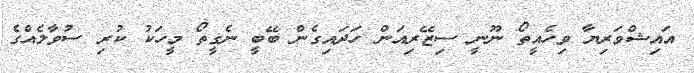
އައިޝްވަރިޔާ ވިހެއީތޯ ނޫނީ ސިޒޭރިއަން ހަދައިގެން ބޭބީ ނެގީތޯ މީހަކު ކުރި ސުވާލެއްގެ